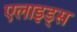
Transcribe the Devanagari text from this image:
एलाइड्स